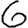
Digit: 6